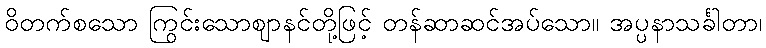
ဝိတက်စသော ကြွင်းသောဈာနင်တို့ဖြင့် တန်ဆာဆင်အပ်သော။ အပ္ပနာသင်္ခါတာ၊